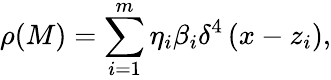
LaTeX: \rho(M)=\sum_{i=1}^{m}\eta_{i}\beta_{i}\delta^{4}\left(x-z_{i}\right),